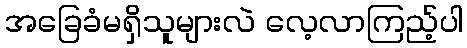
အခြေခံမရှိသူများလဲ လေ့လာကြည့်ပါ